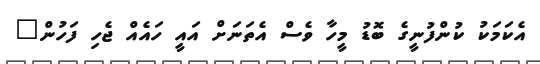
އެކަމަކު ކުންފުނީގެ ބޮޑު މީހާ ވެސް އެތަނަށް އައީ ހައެއް ޖެހި ފަހުން"